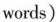
words)